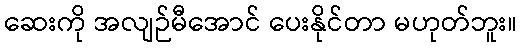
ဆေးကို အလျဉ်မီအောင် ပေးနိုင်တာ မဟုတ်ဘူး။